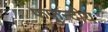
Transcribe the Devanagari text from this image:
फफुन्दीय